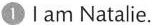
①Ⅰam Natalie.